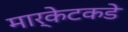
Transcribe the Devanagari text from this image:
मार्केटकडे